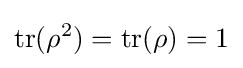
\operatorname {tr} (\rho ^{2})=\operatorname {tr} (\rho )=1